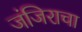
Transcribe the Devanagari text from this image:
जंजिराचा